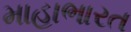
માહાભારત